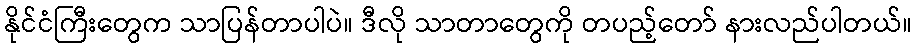
နိုင်ငံကြီးတွေက သာပြန်တာပါပဲ။ ဒီလို သာတာတွေကို တပည့်တော် နားလည်ပါတယ်။